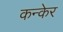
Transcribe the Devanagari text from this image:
कन्केर